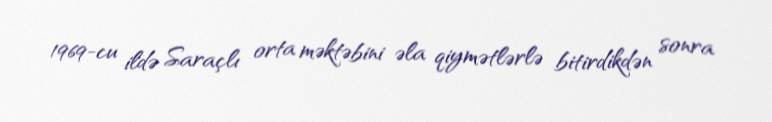
1969-cu ildə Saraçlı orta məktəbini əla qiymətlərlə bitirdikdən sonra